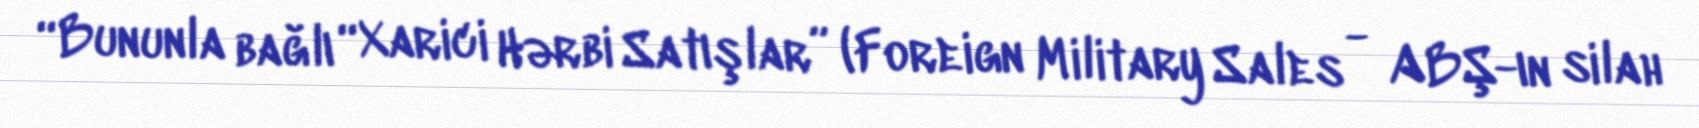
“Bununla bağlı “Xarici Hərbi Satışlar” (Foreign Military Sales - ABŞ-ın silah